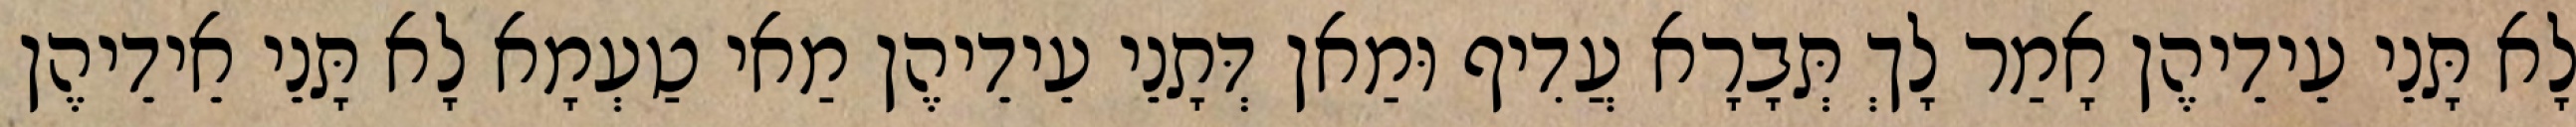
לָא תָּנֵי עֵידֵיהֶן אָמַר לָךְ תְּבָרָא עֲדִיף וּמַאן דְּתָנֵי עֵידֵיהֶן מַאי טַעְמָא לָא תָּנֵי אֵידֵיהֶן